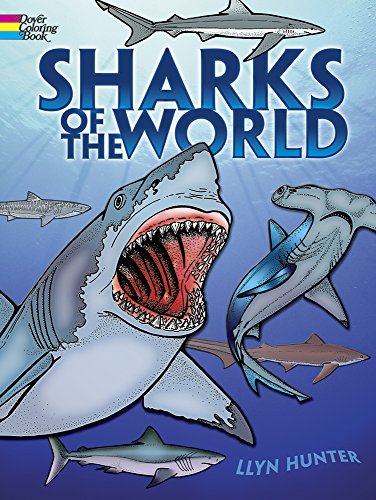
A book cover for Sharks of the World Coloring Book (Dover Nature Coloring Book); Llyn Hunter; Crafts, Hobbies & Home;